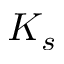
K _ { s }